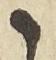
候